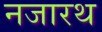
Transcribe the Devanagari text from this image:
नजारथ